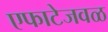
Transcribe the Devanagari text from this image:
एफाटेजवळ